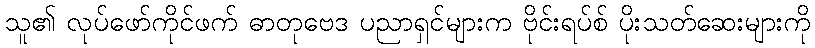
သူ၏ လုပ်ဖော်ကိုင်ဖက် ဓာတုဗေဒ ပညာရှင်များက ဗိုင်းရပ်စ် ပိုးသတ်ဆေးများကို